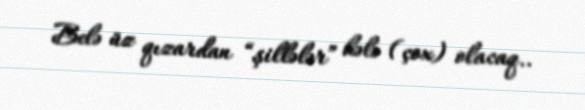
Belə üz qızardan “şillələr” hələ (çox) olacaq..